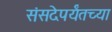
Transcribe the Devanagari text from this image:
संसदेपर्यंतच्या